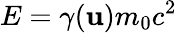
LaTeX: E=\gamma(\mathbf{u})m_{0}c^{2}